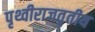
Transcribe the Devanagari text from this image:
पृथ्वीराजतृतीय